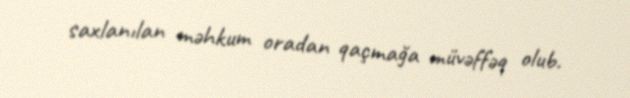
saxlanılan məhkum oradan qaçmağa müvəffəq olub.